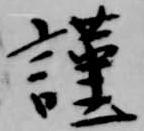
謹